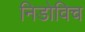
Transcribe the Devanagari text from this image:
निडोविच